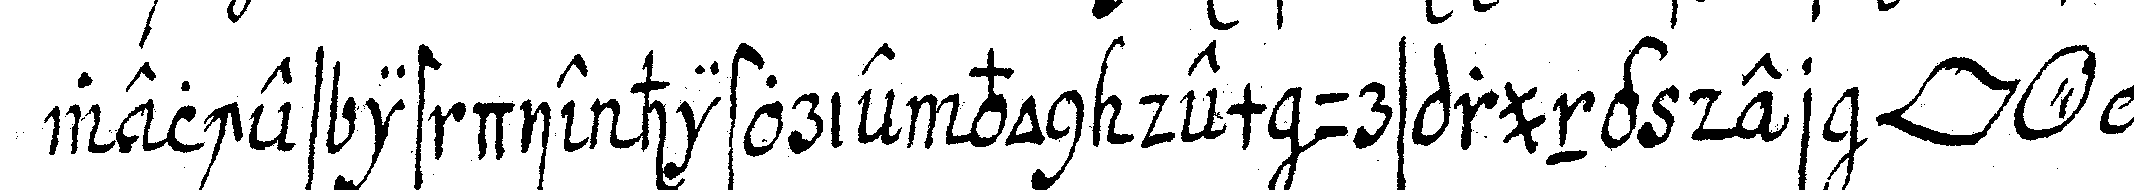
welches ist die historie von dem ursprung der *lip* *o*